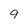
Character: 9